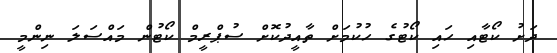
ދަށު ކޯޓާއި ހައި ކޯޓުގެ ހުކުމަށް ތާއީދުކޮށް ސުޕްރީމް ކޯޓުން މައްސަލަ ނިންމީ